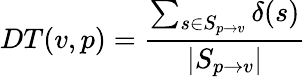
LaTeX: DT(v,p)=\frac{\sum_{s\in S_{p\rightarrow v}}\delta(s)}{|S_{p\rightarrow v}|}